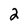
Character: 2